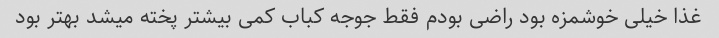
غذا خیلی خوشمزه بود راضی بودم فقط جوجه کباب کمی بیشتر پخته میشد بهتر بود